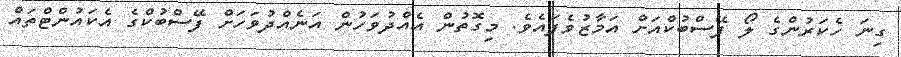
ގިނަ ހެކަރުންގެ ލޯ ފޭސްބުކްއަށް އަމާޒުވެފައެވެ. މިގޮތުން އެއްދުވަހުން އަނެއްދުވަހަށް ފޭސްބުކްގެ އެކައުންޓްތައް